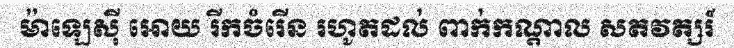
ម៉ាឡេស៊ី អោយ រីកចំរើន រហូតដល់ ពាក់កណ្តាល សតវត្សរ៍